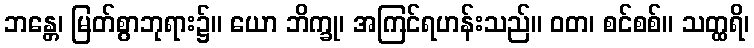
ဘန္တေ၊ မြတ်စွာဘုရား၌။ ယော ဘိက္ခု၊ အကြင်ရဟန်းသည်။ ဝတ၊ စင်စစ်။ သတ္ထရိ၊